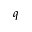
q